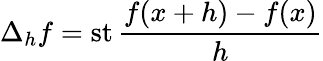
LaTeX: \Delta_{h}f=\operatorname{st}{\frac{f(x+h)-f(x)}{h}}